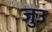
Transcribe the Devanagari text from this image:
जुउ